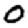
Digit: 0